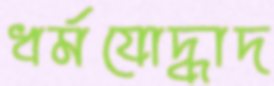
ধর্মযোদ্ধাদ